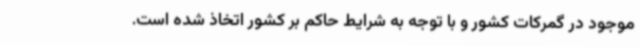
موجود در گمرکات کشور و با توجه به شرایط حاکم بر کشور اتخاذ شده است.